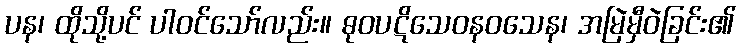
ပန၊ ထိုသို့ပင် ပါဝင်သော်လည်း။ ဓုဝပဋိသေဝနဝသေန၊ အမြဲမှီဝဲခြင်း၏